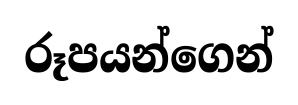
රූපයන්ගෙන්